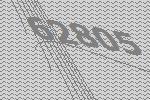
62805